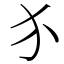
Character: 𬌩